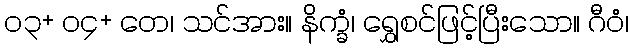
၀၃+ ၀၄+ တေ၊ သင်အား။ နိက္ခံ၊ ရွှေစင်ဖြင့်ပြီးသော။ ဂီဝံ၊